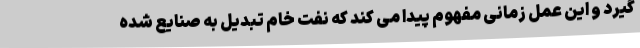
گیرد و این عمل زمانی مفهوم پیدا می کند که نفت خام تبدیل به صنایع شده